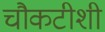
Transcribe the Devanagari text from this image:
चौकटीशी